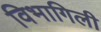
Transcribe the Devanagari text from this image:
विभागिली